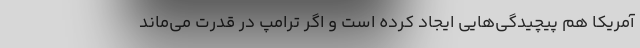
آمریکا هم پیچیدگی‌هایی ایجاد کرده است و اگر ترامپ در قدرت می‌ماند